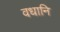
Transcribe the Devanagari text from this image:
वधानि